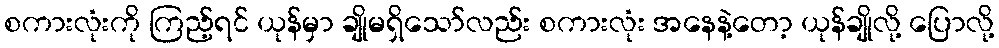
စကားလုံးကို ကြည့်ရင် ယုန်မှာ ချိုမရှိသော်လည်း စကားလုံး အနေနဲ့တော့ ယုန်ချိုလို့ ပြောလို့